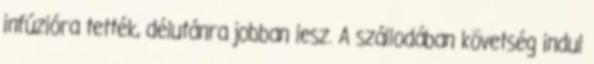
infúzióra tették, délutánra jobban lesz. A szállodában követség indul